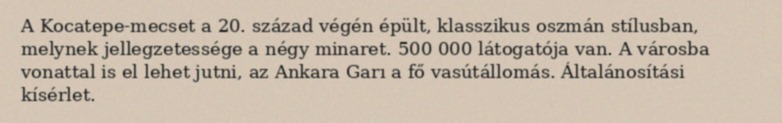
A Kocatepe-mecset a 20. század végén épült, klasszikus oszmán stílusban, melynek jellegzetessége a négy minaret. 500 000 látogatója van. A városba vonattal is el lehet jutni, az Ankara Garı a fő vasútállomás. Általánosítási kísérlet.